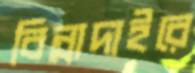
বিন্নাদাইরে